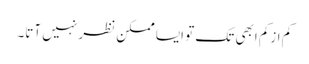
کم ازکم ابھی تک تو ایسا ممکن نظر نہیں آتا۔